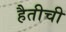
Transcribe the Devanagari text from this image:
हैतीची